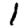
Digit: 1